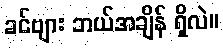
ခင်ဗျား ဘယ်အချိန် ရှိလဲ။